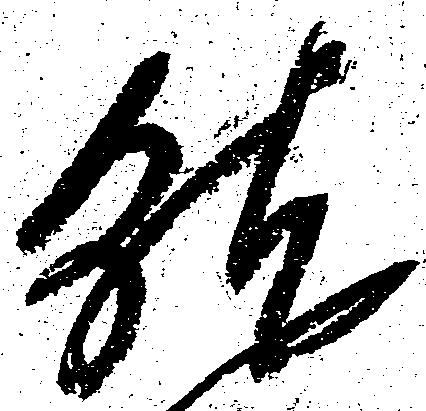
就